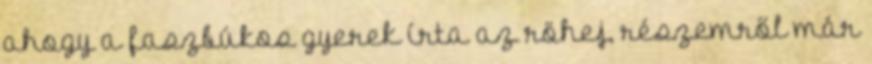
ahogy a faszbúkos gyerek írta az röhej, részemről már